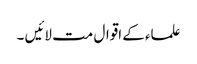
علماء کے اقوال مت لائیں ۔